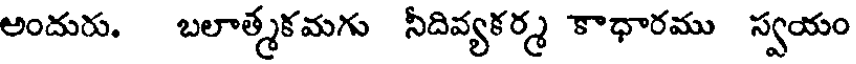
అందురు. బలాత్మకమగు నీదివ్యకర్మ కాధారము స్వయం